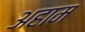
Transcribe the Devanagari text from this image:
अहाम